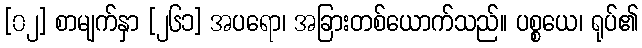
[၀၂] စာမျက်နှာ [၂၆၁] အပရော၊ အခြားတစ်ယောက်သည်။ ပစ္စယေ၊ ရုပ်၏